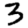
Digit: 3